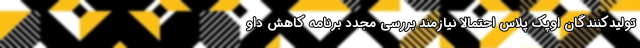
تولیدکنندگان اوپک پلاس احتمالا نیازمند بررسی مجدد برنامه کاهش داو